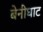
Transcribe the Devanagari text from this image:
बेनीघाट